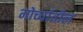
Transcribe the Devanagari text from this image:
मोर्च्यातील